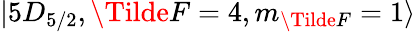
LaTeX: \lvert 5D_{5/2},\Tilde{F}=4,m_{\Tilde{F}}=1\rangle